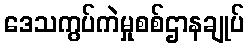
ဒေသကွပ်ကဲမှုစစ်ဌာနချုပ်